Lunatic asylums Punjab 1881-1894 - 1881-1894
Year: 1881
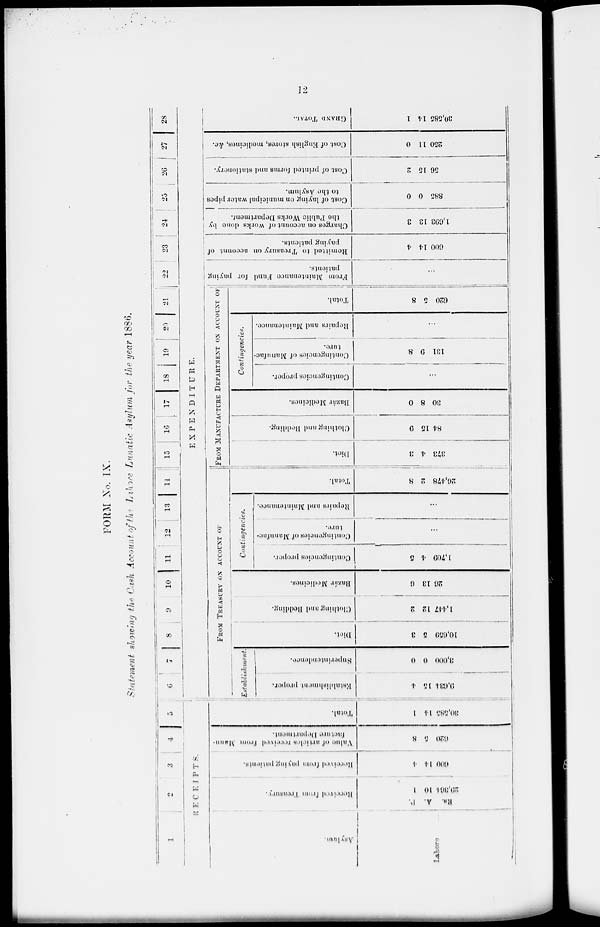
12
FORM No. IX.
Statement showing the Cash Account of the Lahore Lunatic Asylum for the year 1886.
1
2
3 4 5
RECEIPTS.
Asylum.
Lahore
Received form Treasury.
P.
A.
Rs.
1
10
29,364
Received from paying patients.
4
14
600
Value
of articles received from Mann-
factum Department.
8
5
620
Total.
1
14
30,585
6
7
8
9
10
11
12
13
14
15 16
17 18 19 20 21 22 23 24 25 26 27 28
EXPENDITURE.
FROM TREASURY ON ACCOUNT OF
Establishment.
Establishment proper.
4
15
9,634
Superintendence.
0
0
3,000
Diet.
3
5
10,650
Clothing and Bedding.
2
12
1,447
Bazár Medicines.
6
13
26
Contingencies.
Contingencies proper.
5
4
1,709
Contingencies of Manufac-
ture.
...
Repairs and Maintenance.
...
Total.
8
2
20,478
FROM MANUFACTURE DEPARTMENT ON ACCOUNT OF
Diet.
3
4
373
Clothing and Bedding.
9
15
84
Bazar Medicines.
0
8
30
Contingencies.
Contingencies proper.
...
Contingencies of Manufac-
ture.
8
9
131
Repairs
and Maintenance.
...
Total.
8
5
620
From Maintenance Fund for paying
patients.
...
Remitted to Treasury on account of
paying patients.
4
14
600
Charges on account of works done by
the
Public Works Department
3
13
1,693
Cost of laying on municipal water pipes
to the Asylum.
0
0
885
Cost of printed forms and stationery.
2
15
56
Cost of English stores, medicines, &c.
0
11
250
GRAND TOTAL.
1
14
30,585